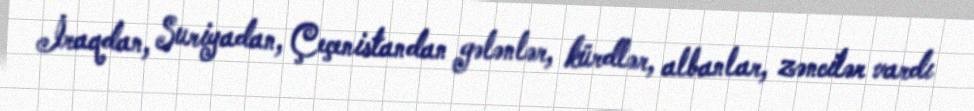
İraqdan, Suriyadan, Çeçenistandan gələnlər, kürdlər, albanlar, zəncilər vardı